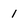
Character: 1